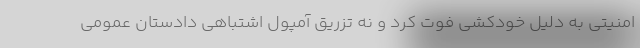
امنیتی به دلیل خودکشی فوت کرد و نه تزریق آمپول اشتباهی دادستان عمومی